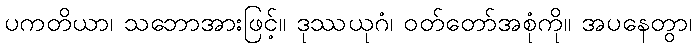
ပကတိယာ၊ သဘောအားဖြင့်။ ဒုဿယုဂံ၊ ဝတ်တော်အစုံကို။ အပနေတွာ၊